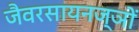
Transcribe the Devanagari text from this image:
जैवरसायनज्ञों